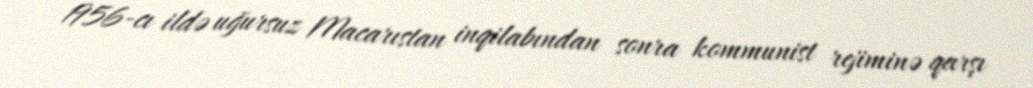
1956-cı ildə uğursuz Macarıstan inqilabından sonra kommunist rejiminə qarşı